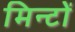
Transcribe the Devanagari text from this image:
मिन्टों